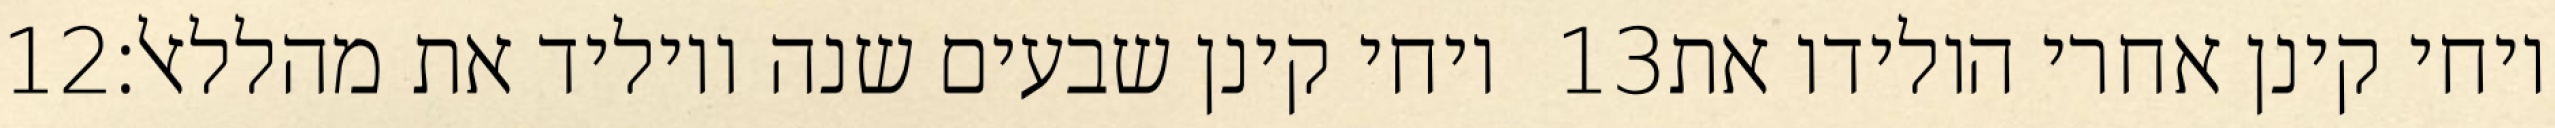
‎12‏ ויחי קינן שבעים שנה ויוליד את מהללאל׃ ‎13‏ ויחי קינן אחרי הולידו את